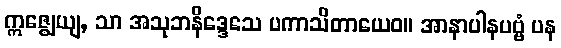
ဣဇ္ဈေယျ, သာ အသုဘနိဒ္ဒေသေ ပကာသိတာယေဝ။ အာနာပါနပဗ္ဗံ ပန